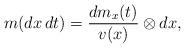
LaTeX: \begin{align*}m(dx\,dt)=\frac{dm_x(t)}{v(x)}\otimes dx,\end{align*}